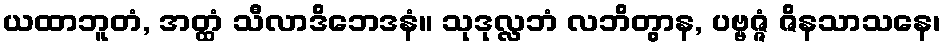
ယထာဘူတံ, အတ္ထံ သီလာဒိဘေဒနံ။ သုဒုလ္လဘံ လဘိတွာန, ပဗ္ဗဇ္ဇံ ဇိနသာသနေ၊